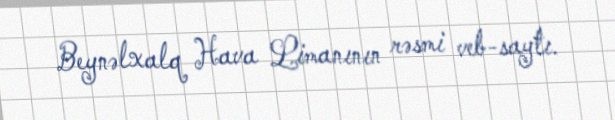
Beynəlxalq Hava Limanının rəsmi veb-saytı.